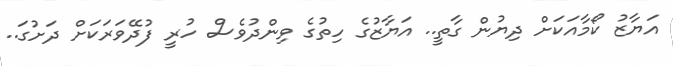
އަޔާޒު ކޯމާއަކަށް ދިޔުން ގާތީ.. އަޔާޒުގެ ހިތުގެ ވިންދުވެސް ހުރީ ފުދޭވަރަކަށް ދަށުގަ..